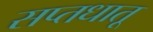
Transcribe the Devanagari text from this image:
सप्तधातू